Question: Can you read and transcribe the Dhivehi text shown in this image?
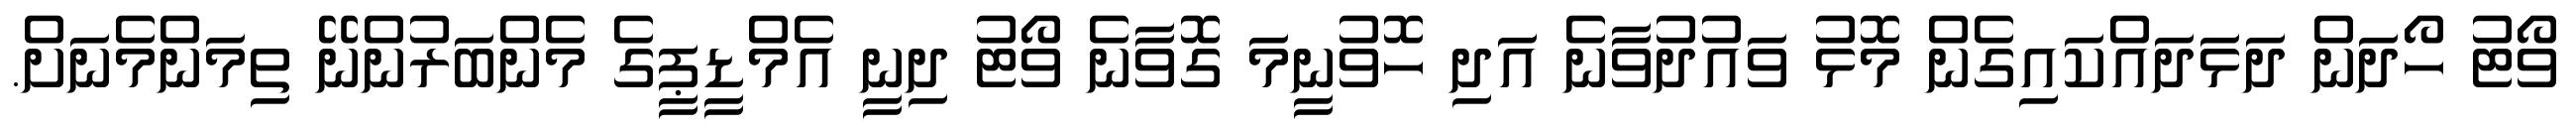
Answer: ވޯޓު ހޯދަން ދަޅަދައްކައިގެން މޮޅު ވައުދުވާނެ އަދި ހޮވުނީމަ ގޮވާނެ ވޯޓު ދިނީ އެމްޑީޕީގެ މެންބަރުންނޭ ތިމަންމެނަށް.